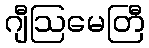
ဂျီဩမေတြီ